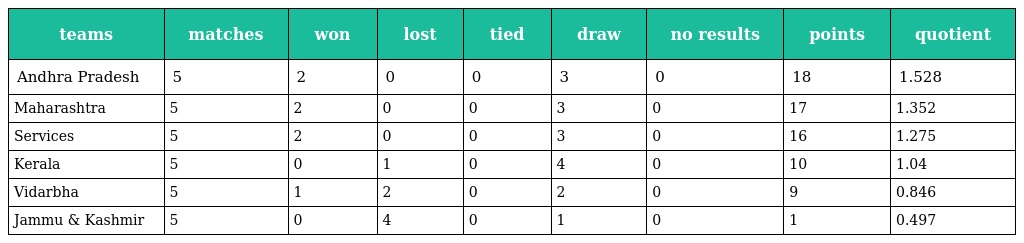
| teams | matches | won | lost | tied | draw | no results | points | quotient |
 | --- | --- | --- | --- | --- | --- | --- | --- | --- |
 | Andhra Pradesh | 5 | 2 | 0 | 0 | 3 | 0 | 18 | 1.528 |
 | Maharashtra | 5 | 2 | 0 | 0 | 3 | 0 | 17 | 1.352 |
 | Services | 5 | 2 | 0 | 0 | 3 | 0 | 16 | 1.275 |
 | Kerala | 5 | 0 | 1 | 0 | 4 | 0 | 10 | 1.04 |
 | Vidarbha | 5 | 1 | 2 | 0 | 2 | 0 | 9 | 0.846 |
 | Jammu & Kashmir | 5 | 0 | 4 | 0 | 1 | 0 | 1 | 0.497 |